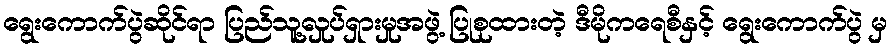
ရွေးကောက်ပွဲဆိုင်ရာ ပြည်သူ့လှုပ်ရှားမှုအဖွဲ့ ပြုစုထားတဲ့ ဒီမိုကရေစီနှင့် ရွေးကောက်ပွဲ မှ